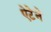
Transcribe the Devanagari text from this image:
ऐटेने